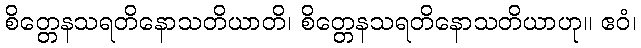
စိတ္တေနသရတိနောသတိယာတိ၊ စိတ္တေနသရတိနောသတိယာဟု။ ဧဝံ၊